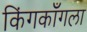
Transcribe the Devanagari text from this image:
किंगकाँगला